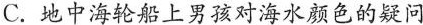
C.地中海轮船上男孩对海水颜色的疑问